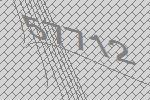
57712